Civil Veterinary Dept. Bombay admin report 1932-41 - 1932-1941
Year: 1932
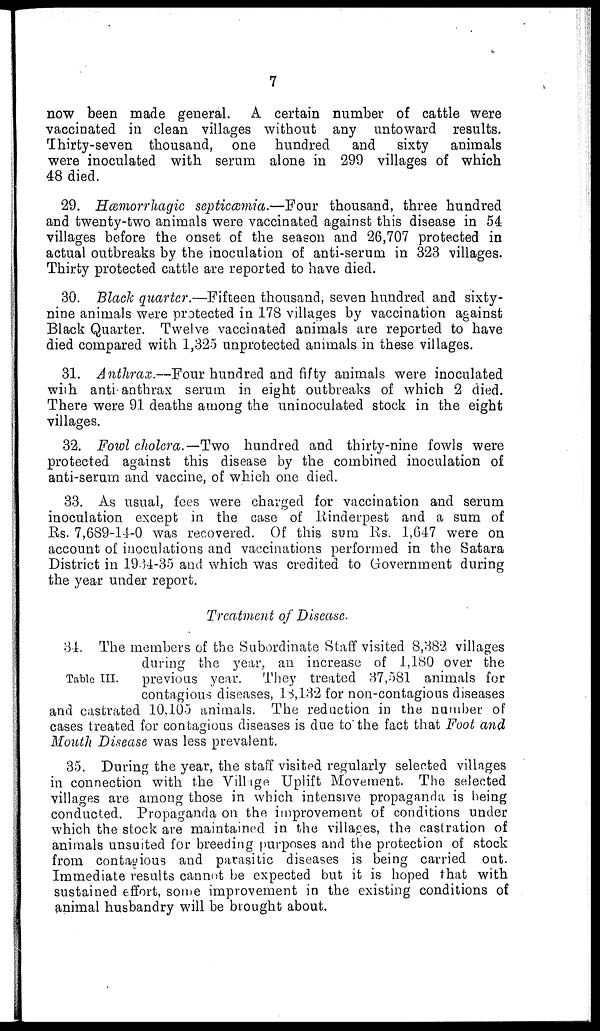
7
now been made general. A certain number of cattle were
vaccinated in clean villages without any untoward results.
Thirty-seven thousand, one hundred
and sixty
animals
were inoculated with serum alone in 299 villages of which
48 died.
29. Hæmorrhagic septicæmia.—Four thousand, three hundred
and twenty-two animals were vaccinated against this disease in 54
villages before the onset of the season and 26,707 protected in
actual outbreaks by the inoculation of anti-serum in 323 villages.
Thirty protected cattle are reported to have died.
30. Black quarter.—Fifteen thousand, seven hundred and sixty-
nine animals were protected in 178 villages by vaccination against
Black Quarter. Twelve vaccinated animals are reported to have
died compared with 1,325 unprotected animals in these villages.
31. Anthrax.—Four hundred and fifty animals were inoculated
with anti-anthrax serum in eight outbreaks of which 2 died.
There were 91 deaths among the uninoculated stock in the eight
villages.
32. Fowl cholera.— Two hundred and thirty-nine fowls were
protected against this disease by the combined inoculation of
anti-serum and vaccine, of which one died.
33. As usual, fees were charged for vaccination and serum
inoculation except in the case of Rinderpest and a sum of
Rs. 7,689-14-0 was recovered. Of this sum Rs. 1,647 were on
account of inoculations and vaccinations performed in the Satara
District in 1934-35 and which was credited to Government during
the year under report.
Treatment of Disease.
Table III.
34. The members of the Subordinate Staff visited 8,382 villages
during the year, an increase of 1,180 over the
previous year. They treated 37,581 animals for
contagious diseases, 18,132 for non-contagions diseases
and castrated 10,105 animals. The reduction in the number of
cases treated for contagious diseases is due to the fact that Foot and
Mouth Disease was less prevalent.
35. During the year, the staff visited regularly selected villages
in connection with the Village Uplift Movement. The selected
villages are among those in which intensive propaganda is being
conducted. Propaganda on the improvement of conditions under
which the stock are maintained in the villages, the castration of
animals unsuited for breeding purposes and the protection of stock
from contagious and parasitic diseases is being carried out.
Immediate results cannot be expected but it is hoped that with
sustained effort, some improvement in the existing conditions of
animal husbandry will be brought about.